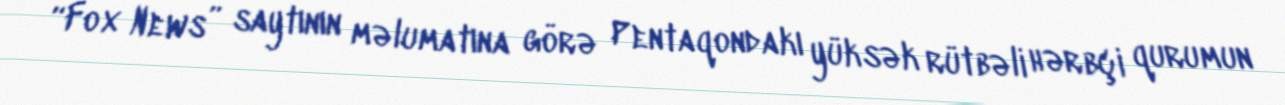
“Fox News” saytının məlumatına görə Pentaqondakı yüksək rütbəli hərbçi qurumun